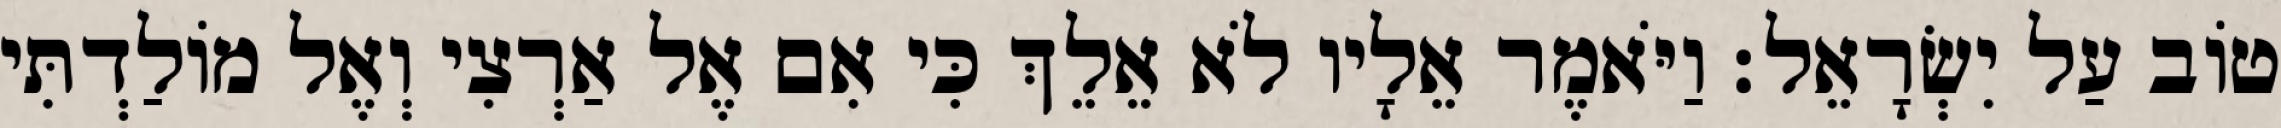
טוֹב עַל יִשְׂרָאֵל׃ וַיֹּאמֶר אֵלָיו לֹא אֵלֵךְ כִּי אִם אֶל אַרְצִי וְאֶל מוֹלַדְתִּי